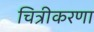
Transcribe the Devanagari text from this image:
चित्रीकरणा